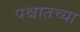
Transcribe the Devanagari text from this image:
पश्चातच्या